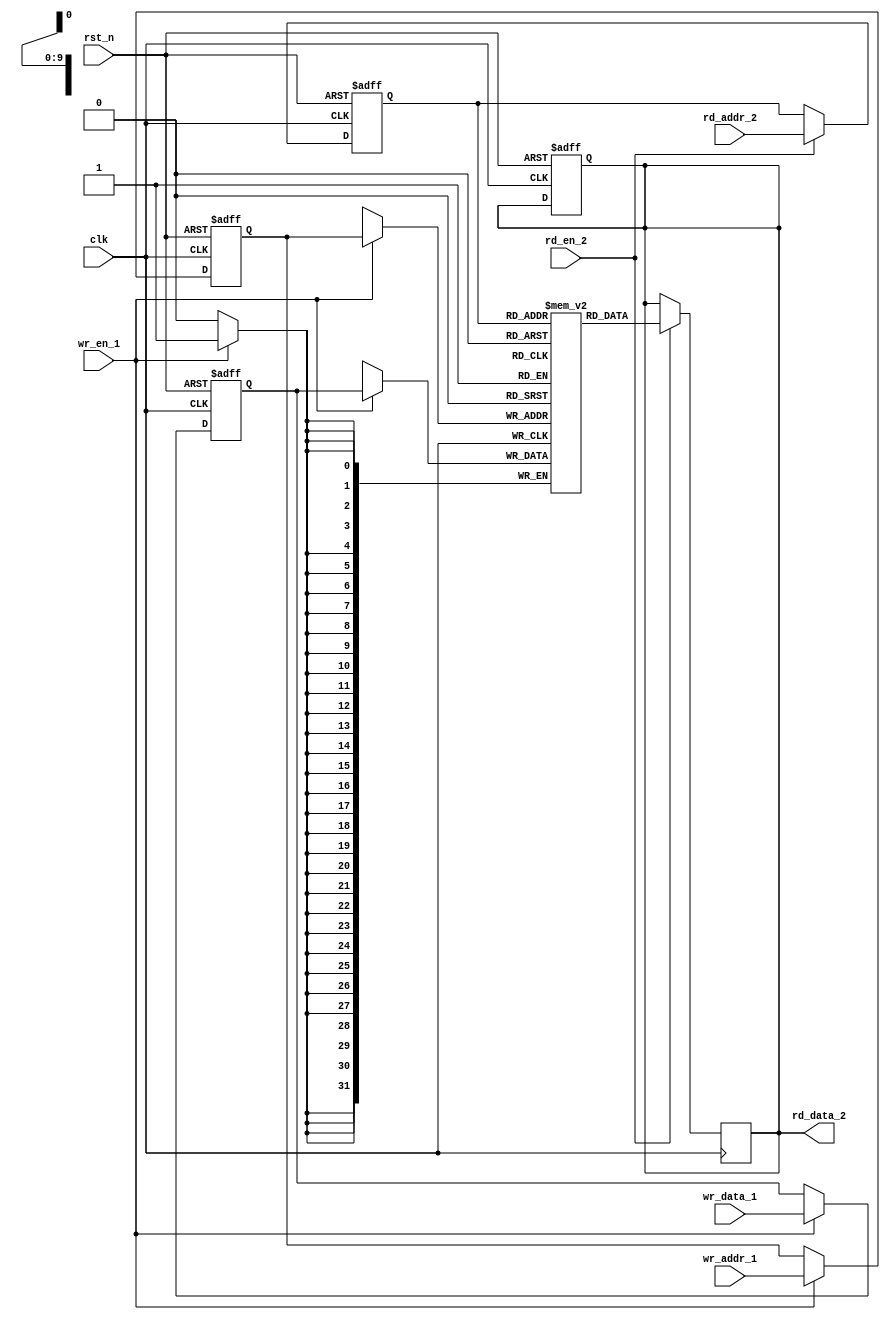
module io_blocks_pipeline_ram #(
    parameter DATA_WIDTH = 32, // Configurable data width (8, 16, 32, 64)
    parameter ADDR_WIDTH = 10  // Configurable address width (for depth)
)(
    input wire clk,
    input wire rst_n,
    
    // Port 1: Write Interface
    input wire wr_en_1,
    input wire [ADDR_WIDTH-1:0] wr_addr_1,
    input wire [DATA_WIDTH-1:0] wr_data_1,
    
    // Port 2: Read Interface
    input wire rd_en_2,
    input wire [ADDR_WIDTH-1:0] rd_addr_2,
    output reg [DATA_WIDTH-1:0] rd_data_2
);

    // Memory array declaration
    reg [DATA_WIDTH-1:0] mem_array [(1<<ADDR_WIDTH)-1:0];

    // Pipeline registers for write operation
    reg [DATA_WIDTH-1:0] wr_data_pipeline;
    reg [ADDR_WIDTH-1:0] wr_addr_pipeline;

    // Write operation with pipelining
    always @(posedge clk or negedge rst_n) begin
        if (!rst_n) begin
            wr_data_pipeline <= 0;
            wr_addr_pipeline <= 0;
        end else if (wr_en_1) begin
            // Stage 1: Capture the write data and address
            wr_data_pipeline <= wr_data_1;
            wr_addr_pipeline <= wr_addr_1;
        end
    end

    // Memory write operation
    always @(posedge clk) begin
        if (wr_en_1) begin
            mem_array[wr_addr_pipeline] <= wr_data_pipeline; // Write data to memory
        end
    end

    // Pipeline registers for read operation
    reg [ADDR_WIDTH-1:0] rd_addr_pipeline;

    // Read operation with pipelining
    always @(posedge clk or negedge rst_n) begin
        if (!rst_n) begin
            rd_addr_pipeline <= 0;
            rd_data_2 <= 0;
        end else if (rd_en_2) begin
            // Stage 1: Capture the read address
            rd_addr_pipeline <= rd_addr_2;
        end
    end

    // Memory read operation
    always @(posedge clk) begin
        if (rd_en_2) begin
            // Read data from memory after the pipeline stage
            rd_data_2 <= mem_array[rd_addr_pipeline];
        end
    end

endmodule